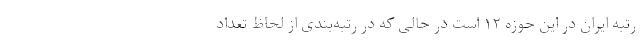
رتبه ایران در این حوزه ۱۲ است در حالی که در رتبه‌بندی از لحاظ تعداد